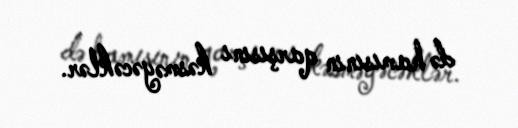
də hamısının qarşısını kəsməyəcəklər.